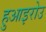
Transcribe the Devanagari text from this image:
हुआइरोउ